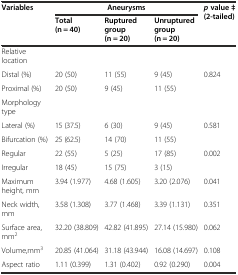
| <ROWSPAN=2> Variables | <COLSPAN=3> Aneurysms | <ROWSPAN=2> pvalue ‡ (2-tailed) |
 | Total (n = 40) | Ruptured group (n = 20) | Unruptured group (n = 20) |
 | --- | --- | --- | --- | --- |
 | Relative location |  |  |  |  |
 | Distal (%) | 20 (50) | 11 (55) | 9 (45) | 0.824 |
 | Proximal (%) | 20 (50) | 9 (45) | 11 (55) |  |
 | Morphology type |  |  |  |  |
 | Lateral (%) | 15 (37.5) | 6 (30) | 9 (45) | 0.581 |
 | Bifurcation (%) | 25 (62.5) | 14 (70) | 11 (55) |  |
 | Regular | 22 (55) | 5 (25) | 17 (85) | 0.002 |
 | Irregular | 18 (45) | 15 (75) | 3 (15) |  |
 | Maximum height, mm | 3.94 (1.977) | 4.68 (1.605) | 3.20 (2.076) | 0.041 |
 | Neck width, mm | 3.58 (1.308) | 3.77 (1.468) | 3.39 (1.131) | 0.351 |
 | Surface area, mm2 | 32.20 (38.809) | 42.82 (41.895) | 27.14 (15.980) | 0.062 |
 | Volume,mm3 | 20.85 (41.064) | 31.18 (43.944) | 16.08 (14.697) | 0.108 |
 | Aspect ratio | 1.11 (0.399) | 1.31 (0.402) | 0.92 (0.290) | 0.004 |